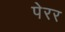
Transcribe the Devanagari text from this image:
पेरर